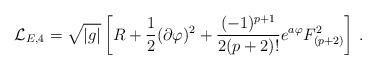
LaTeX: \begin{align*} {\cal L}_{E,4} = \sqrt{|g|}\left[ R + {1\over 2}(\partial\varphi)^2 +{(-1)^{p+1}\over 2(p+2)!} e^{a\varphi} F^2_{(p+2)}\right]\,.\end{align*}